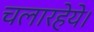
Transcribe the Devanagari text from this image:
चलारहेये।